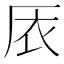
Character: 㕈